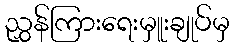
ညွှန်ကြားရေးမှူးချုပ်မှ